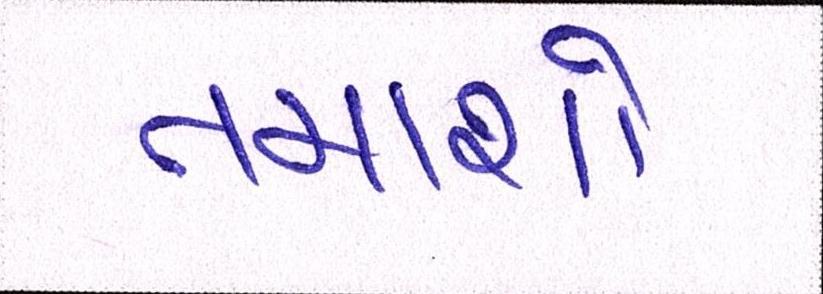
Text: તમાશો